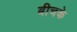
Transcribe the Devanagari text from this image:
बीचके